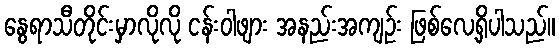
နွေရာသီတိုင်းမှာလိုလို ငန်းဝါဖျား အနည်းအကျဉ်း ဖြစ်လေ့ရှိပါသည်။